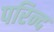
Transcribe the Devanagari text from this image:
परिन्द